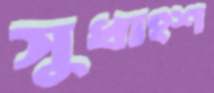
সুধাংশ